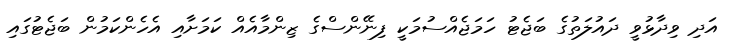
އަދި ވިދާޅުވީ ދައުލަތުގެ ބަޖެޓު ހަމަޖެއްސުމަކީ ފިނޭންސްގެ ޒިންމާއެއް ކަމަށާއި އެހެންކަމުން ބަޖެޓުގައި